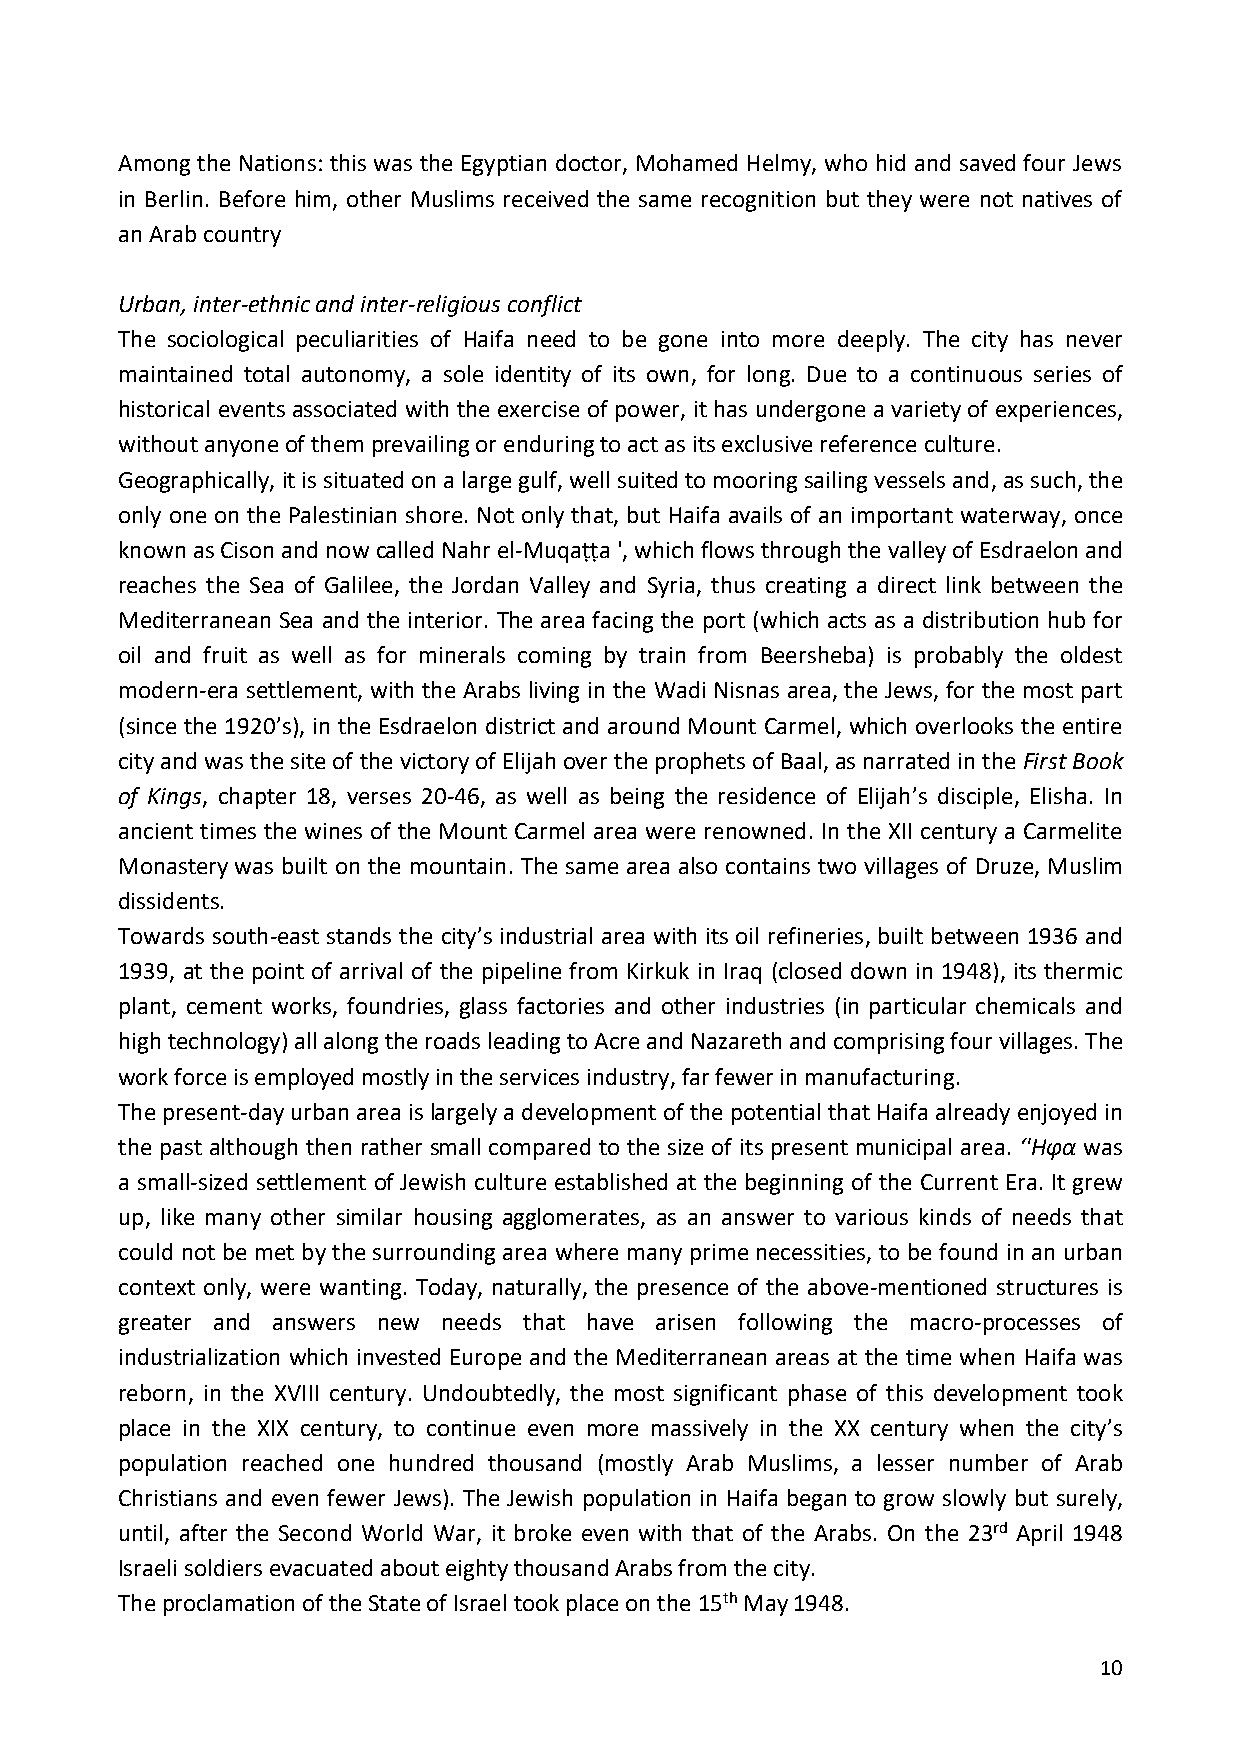
Among the Nations: this was the Egyptian doctor, Mohamed Helmy, who hid and saved four Jews
 in Berlin. Before him, other Muslims received the same recognition but they were not natives of
 an Arab country
 Urban, inter-ethnic and inter-religious conflict
 The sociological peculiarities of Haifa need to be gone into more deeply. The city has never
 maintained total autonomy, a sole identity of its own, for long. Due to a continuous series of
 historical events associated with the exercise of power, it has undergone a variety of experiences,
 without anyone of them prevailing or enduring to act as its exclusive reference culture.
 Geographically, it is situated on a large gulf, well suited to mooring sailing vessels and, as such, the
 only one on the Palestinian shore. Not only that, but Haifa avails of an important waterway, once
 known as Cison and now called Nahr el-Muqaṭṭa ', which flows through the valley of Esdraelon and
 reaches the Sea of Galilee, the Jordan Valley and Syria, thus creating a direct link between the
 Mediterranean Sea and the interior. The area facing the port (which acts as a distribution hub for
 oil and fruit as well as for minerals coming by train from Beersheba) is probably the oldest
 modern-era settlement, with the Arabs living in the Wadi Nisnas area, the Jews, for the most part
 (since the 1920’s), in the Esdraelon district and around Mount Carmel, which overlooks the entire
 city and was the site of the victory of Elijah over the prophets of Baal, as narrated in the First Book
 of Kings, chapter 18, verses 20-46, as well as being the residence of Elijah’s disciple, Elisha. In
 ancient times the wines of the Mount Carmel area were renowned. In the XII century a Carmelite
 Monastery was built on the mountain. The same area also contains two villages of Druze, Muslim
 dissidents.
 Towards south-east stands the city’s industrial area with its oil refineries, built between 1936 and
 1939, at the point of arrival of the pipeline from Kirkuk in Iraq (closed down in 1948), its thermic
 plant, cement works, foundries, glass factories and other industries (in particular chemicals and
 high technology) all along the roads leading to Acre and Nazareth and comprising four villages. The
 work force is employed mostly in the services industry, far fewer in manufacturing.
 The present-day urban area is largely a development of the potential that Haifa already enjoyed in
 the past although then rather small compared to the size of its present municipal area. ‘'Ηφα was
 a small-sized settlement of Jewish culture established at the beginning of the Current Era. It grew
 up, like many other similar housing agglomerates, as an answer to various kinds of needs that
 could not be met by the surrounding area where many prime necessities, to be found in an urban
 context only, were wanting. Today, naturally, the presence of the above-mentioned structures is
 greater and answers new needs that have arisen following the macro-processes of
 industrialization which invested Europe and the Mediterranean areas at the time when Haifa was
 reborn, in the XVIII century. Undoubtedly, the most significant phase of this development took
 place in the XIX century, to continue even more massively in the XX century when the city’s
 population reached one hundred thousand (mostly Arab Muslims, a lesser number of Arab
 Christians and even fewer Jews). The Jewish population in Haifa began to grow slowly but surely,
 until, after the Second World War, it broke even with that of the Arabs. On the 23rd April 1948
 Israeli soldiers evacuated about eighty thousand Arabs from the city.
 The proclamation of the State of Israel took place on the 15th May 1948.
 10